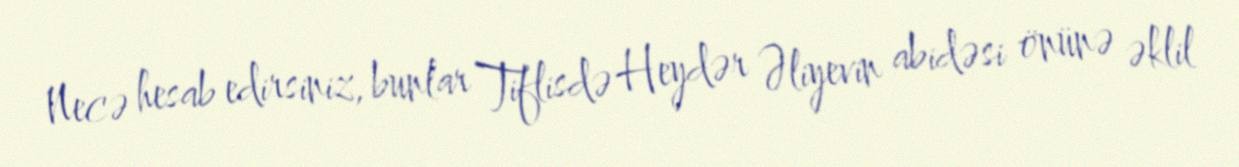
Necə hesab edirsiniz, bunlar Tiflisdə Heydər Əliyevin abidəsi önünə əklil